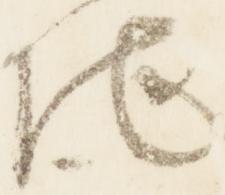
地